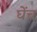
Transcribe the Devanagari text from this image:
घेंच